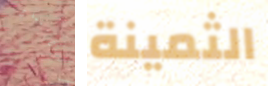
والاستماع الثمينة